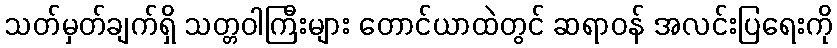
သတ်မှတ်ချက်ရှိ သတ္တဝါကြီးများ တောင်ယာထဲတွင် ဆရာဝန် အလင်းပြရေးကို